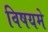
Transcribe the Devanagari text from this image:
विषयमे